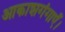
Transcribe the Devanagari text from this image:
आकाशगंगाएँ।